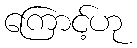
ကြောင့်ဟု